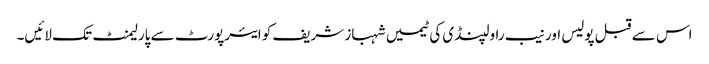
اس سے قبل پولیس اور نیب راولپنڈی کی ٹیمیں شہباز شریف کو ایئرپورٹ سے پارلیمنٹ تک لائیں۔